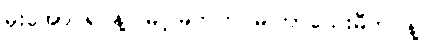
မိုးအောင်ရင်နဲ့ဲမြင့်မြတ်က မကြာသေးမီက နဲ့